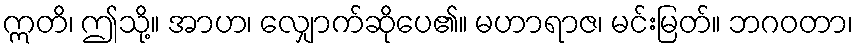
ဣတိ၊ ဤသို့။ အာဟ၊ လျှောက်ဆိုပေ၏။ မဟာရာဇ၊ မင်းမြတ်။ ဘဂဝတာ၊